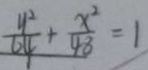
\frac { y ^ { 2 } } { 6 4 } + \frac { x ^ { 2 } } { 4 8 } = 1